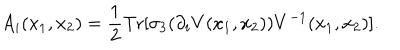
A _ { i } ( x _ { 1 } , x _ { 2 } ) = \frac { 1 } { 2 } \mathrm { T r } [ \sigma _ { 3 } ( \partial _ { i } V ( x _ { 1 } , x _ { 2 } ) ) V ^ { - 1 } ( x _ { 1 } , x _ { 2 } ) ] .